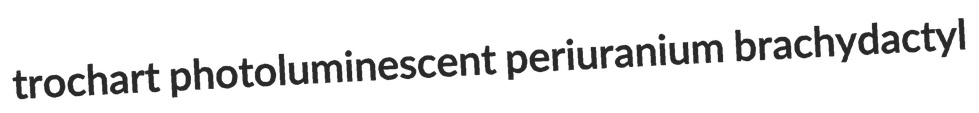
trochart photoluminescent periuranium brachydactyl